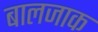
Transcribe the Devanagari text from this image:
बालजाक